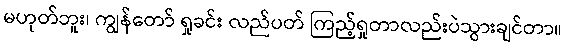
မဟုတ်ဘူး၊ ကျွန်တော် ရှုခင်း လည်ပတ် ကြည့်ရှုတာလည်းပဲသွားချင်တာ။